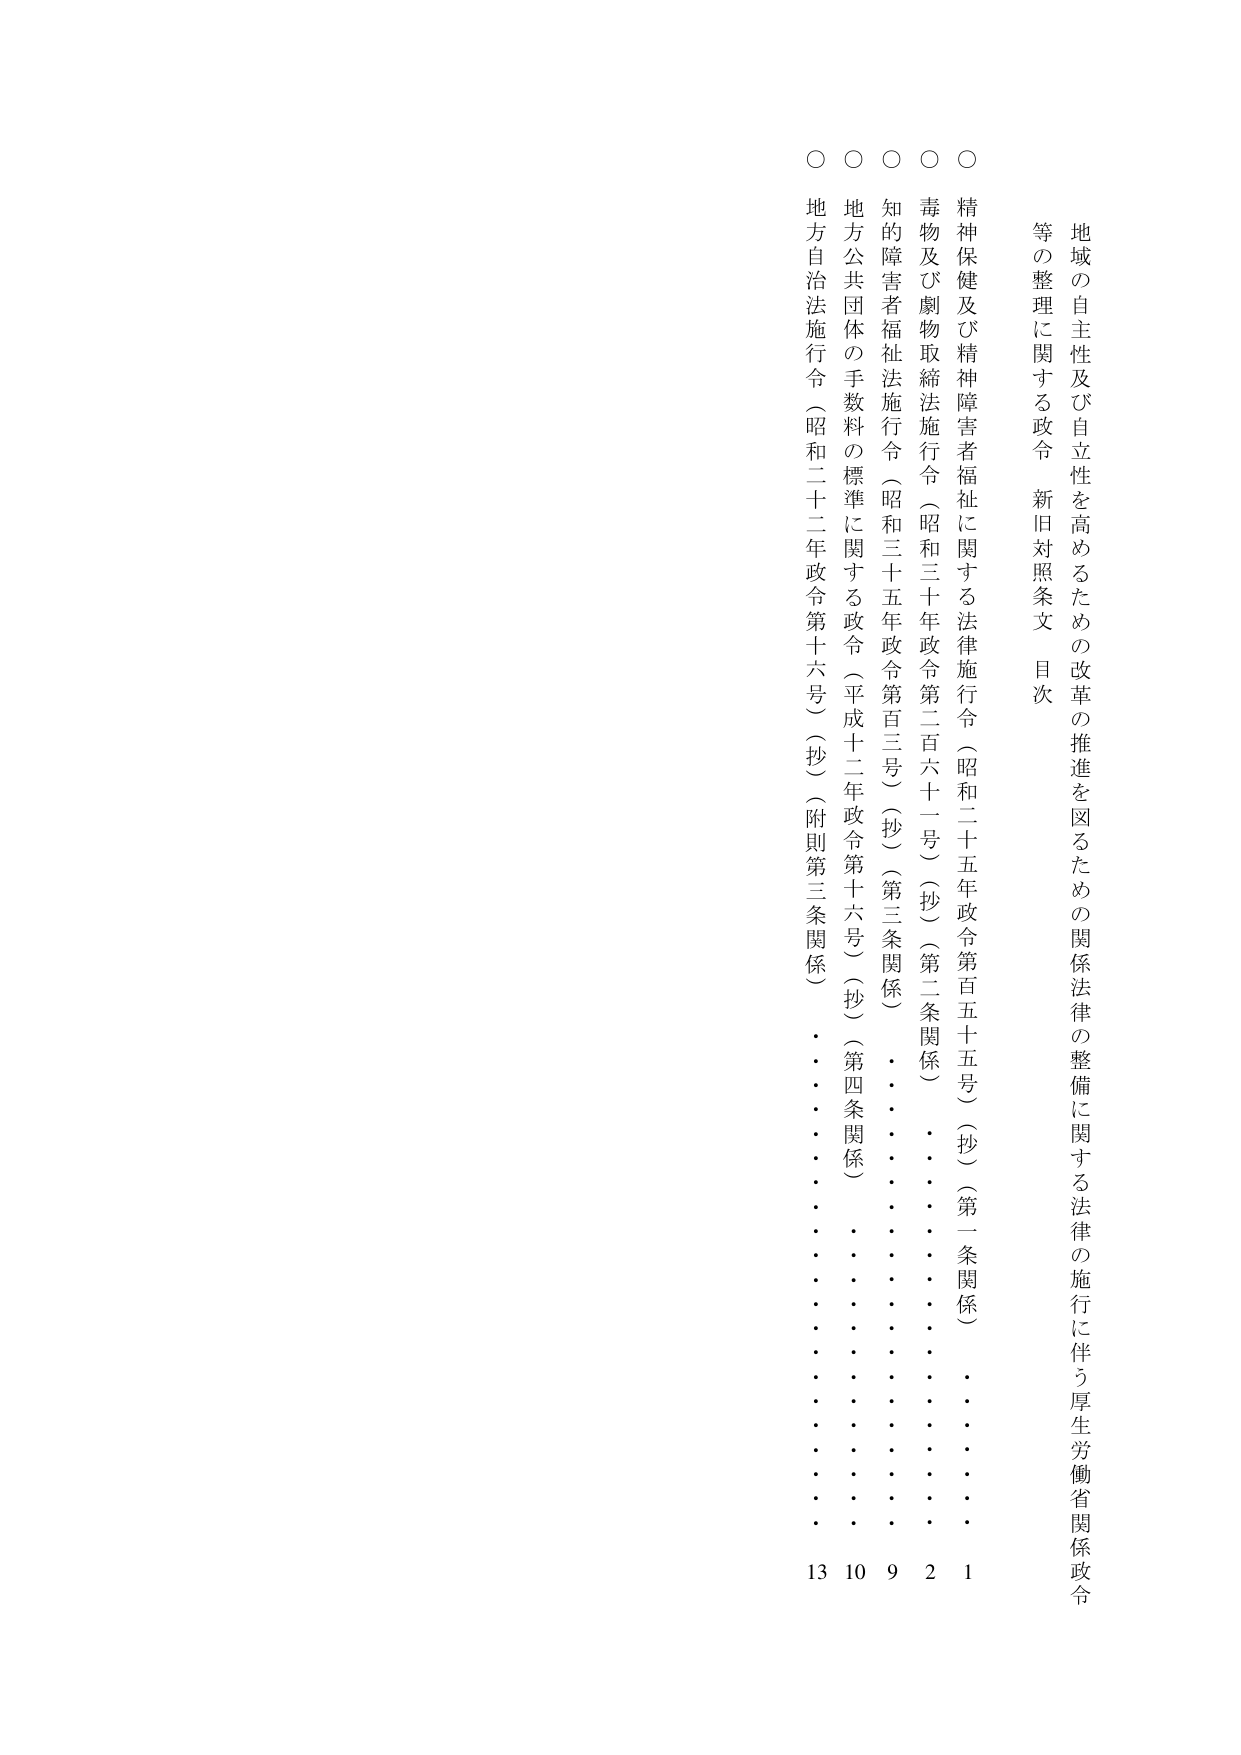
地域の自主性及び自立性を高めるための改革の推進を図るための関係法律の整備に関する法律の施行に伴う厚生労働省関係政令等の整理に関する政令 新旧対照条文 目次

○ 精神保健及び精神障害者福祉に関する法律施行令（昭和二十五年政令第百五十五号）（抄）（第一条関係） 1
○ 毒物及び劇物取締法施行令（昭和三十年政令第二百六十一号）（抄）（第二条関係） 2
○ 知的障害者福祉法施行令（昭和三十五年政令第百三号）（抄）（第三条関係） 9
○ 地方公共団体の手数料の標準に関する政令（平成十二年政令第十六号）（抄）（第四条関係） 10
○ 地方自治法施行令（昭和二十二年政令第十六号）（抄）（附則第三条関係） 13